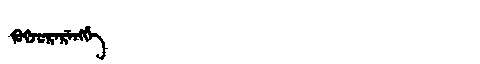
Manchu: ᡴᡠᡴᠵᡠᡵᡝᡵᡝᠩᡤᡝ
Romanization: KUKJURERENGGE